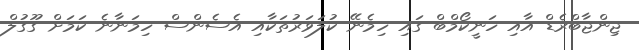
ޖިންޖާބްރެޑް އާއި ހަނީކޯމްބް ގައި ހިމެނޭ ކުލަވަރުތަކާއި އެސެންސް ހިމަނާނެ ކަމަށް ގޫގުލް